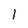
Character: I